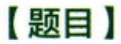
【题目】